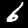
Digit: 6